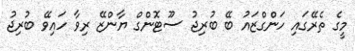
މީގެ ތެރޭގައި ހަންގްޒައު ބޭ ބުރިޖު ސޫޓޮންގް ޔާންޒޭ ރިވާ ހައިވޭ ބުރިޖު